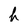
Character: h